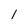
Character: 1